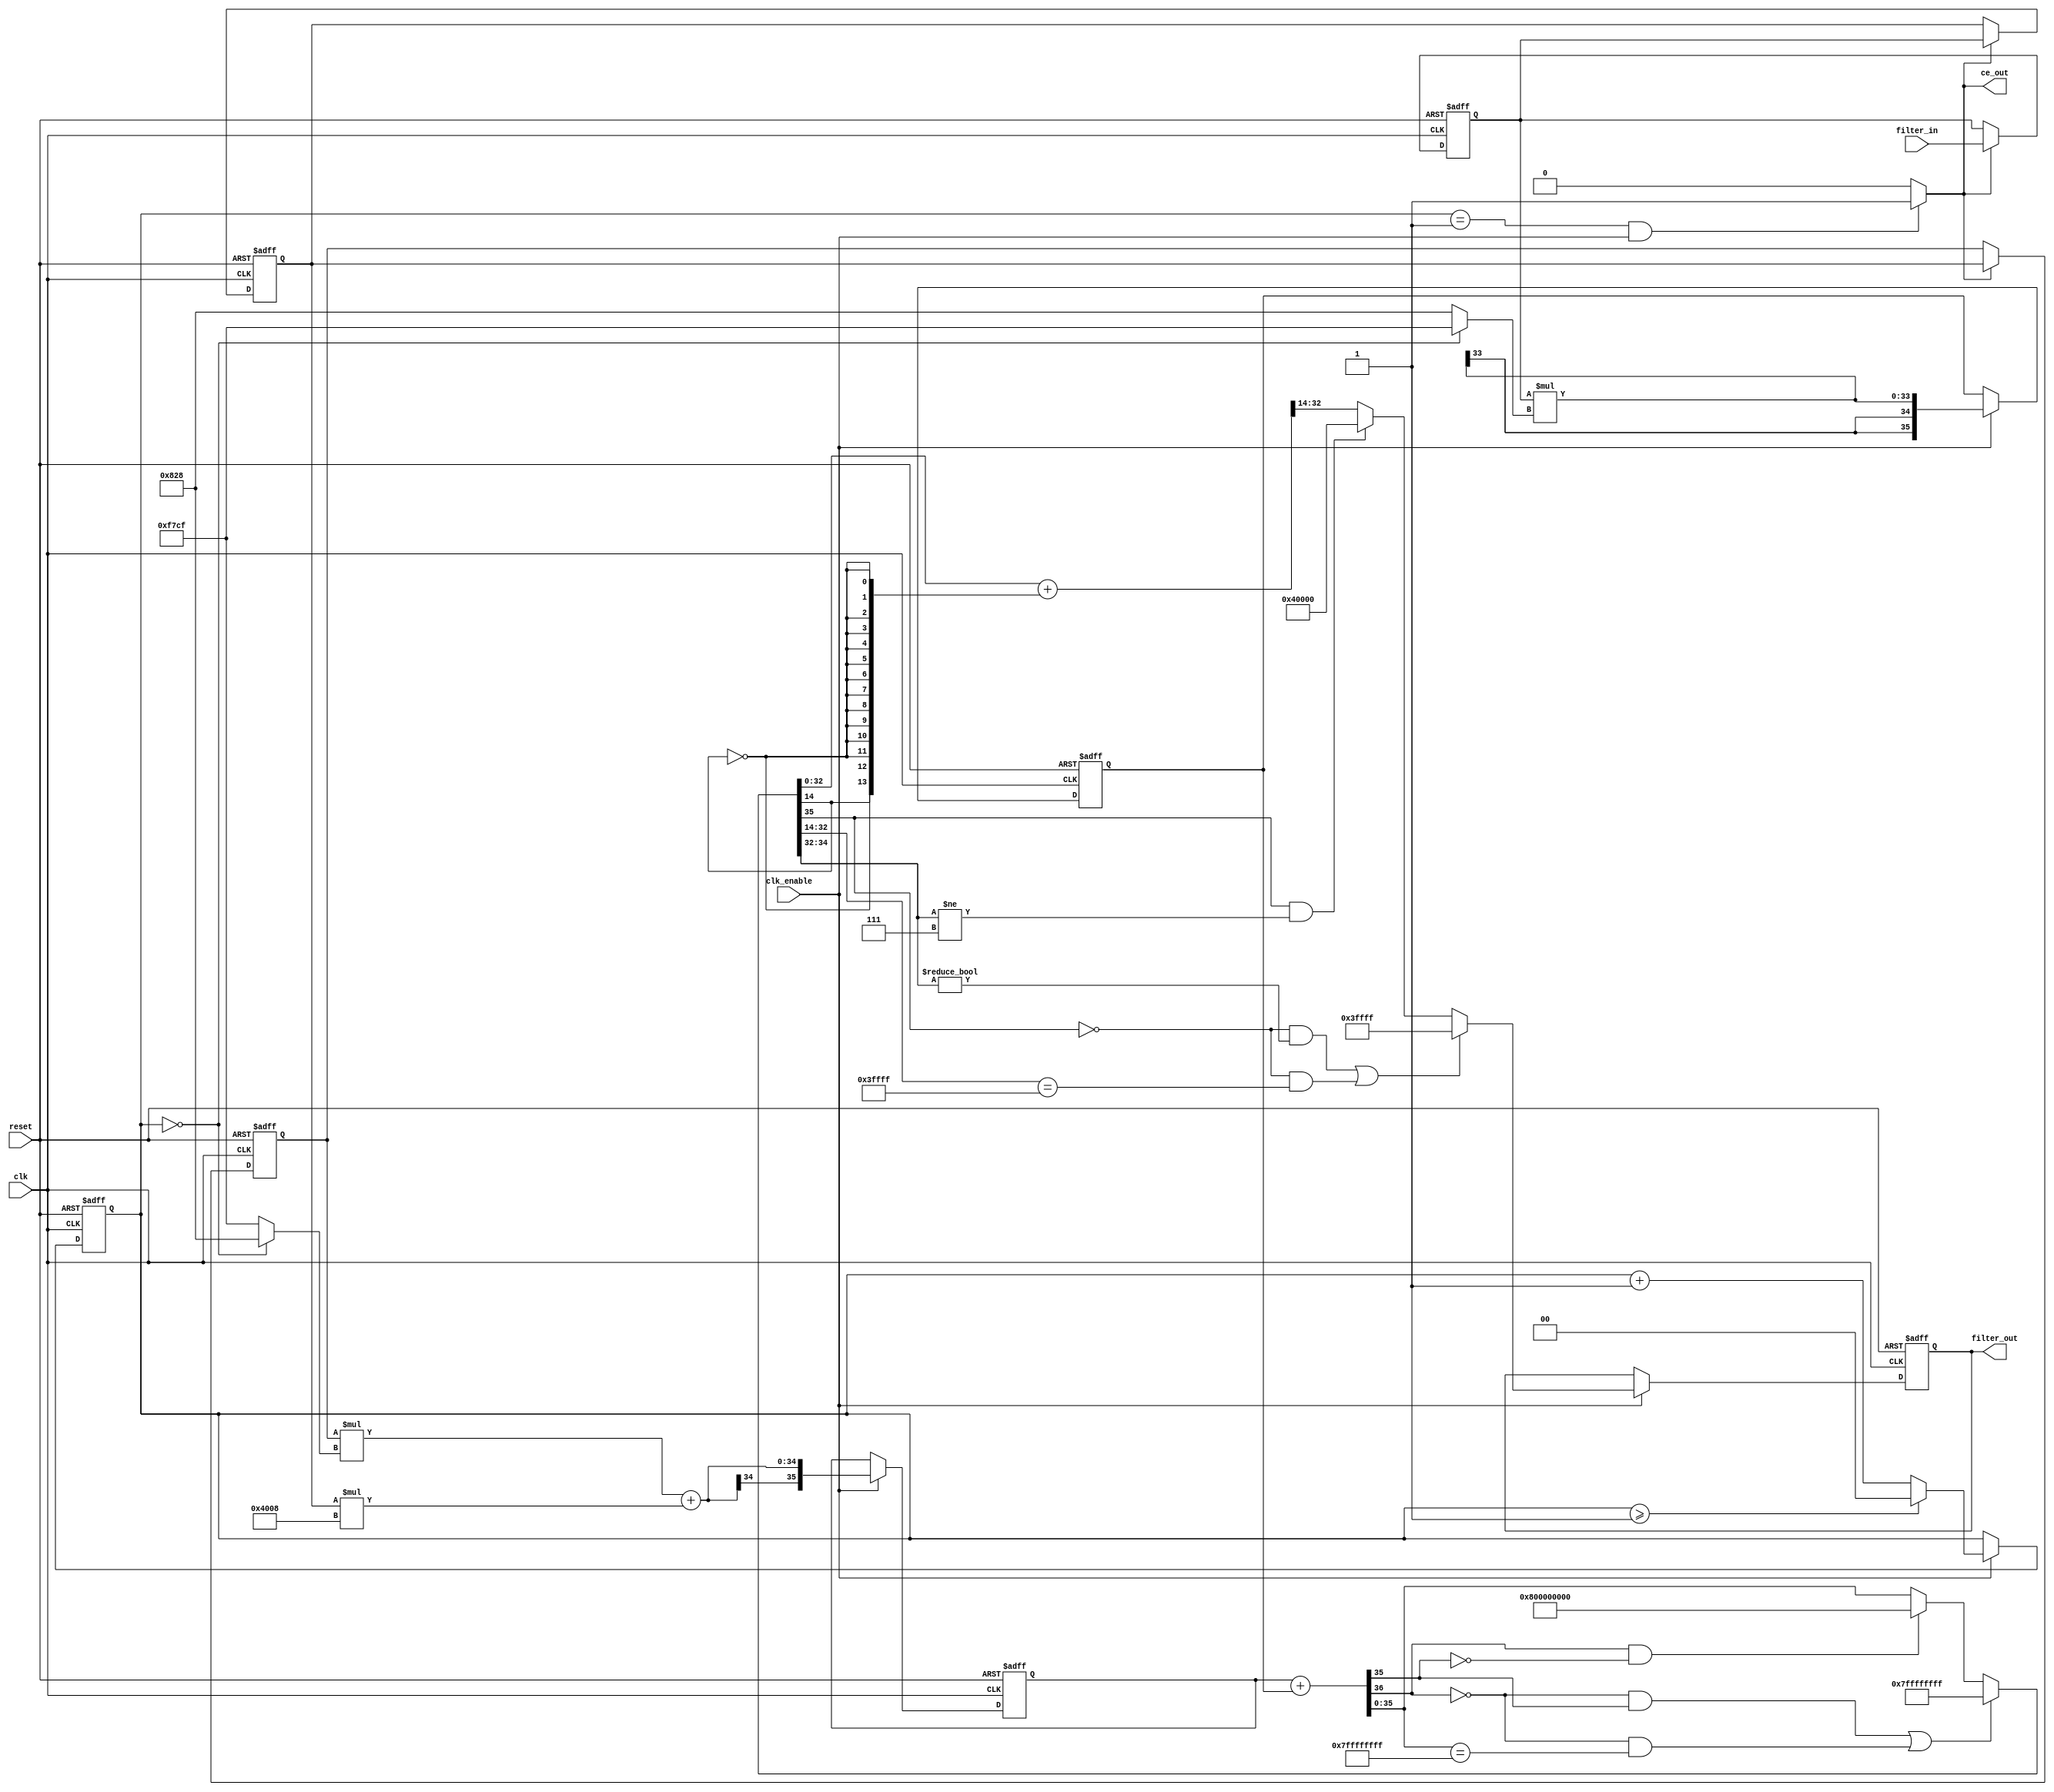
// -------------------------------------------------------------
//
// Module: cic1
// Generated by MATLAB(R) 23.2 and Filter Design HDL Coder 23.2.
// Generated on: 2024-05-02 15:25:22
// -------------------------------------------------------------

// -------------------------------------------------------------
// HDL Code Generation Options:
//
// FIRAdderStyle: tree
// OptimizeForHDL: on
// TargetDirectory: D:\fax\zavrsni\CIC1
// AddPipelineRegisters: on
// Name: cic1
// TargetLanguage: Verilog
// TestBenchName: cic1_tb
// TestBenchStimulus: step chirp 
// LoopUnrolling: on

// Filter Specifications:
//
// Sample Rate          : 705.6 kHz
// Response             : CIC Compensator
// Specification        : Fp,Fst,Ap,Ast
// Interpolation Factor : 2
// Multirate Type       : Interpolator
// Number of Sections   : 3
// Passband Edge        : 22.05 kHz
// Passband Ripple      : 0.001 dB
// Differential Delay   : 1
// Stopband Edge        : 330.8 kHz
// Stopband Atten.      : 60 dB
// -------------------------------------------------------------

// -------------------------------------------------------------
// HDL Implementation    : Fully parallel
// Folding Factor        : 1
// -------------------------------------------------------------
// Filter Settings:
//
// Discrete-Time FIR Multirate Filter (real)
// -----------------------------------------
// Filter Structure      : Direct-Form FIR Polyphase Interpolator
// Interpolation Factor  : 2
// Polyphase Length      : 3
// Filter Length         : 6
// Stable                : Yes
// Linear Phase          : Yes (Type 2)
//
// Arithmetic            : fixed
// Numerator             : s16,14 -> [-2 2)
// -------------------------------------------------------------




//`timescale 1 ns / 1 ns

module cic1
               (
                clk,
                clk_enable,
                reset,
                filter_in,
                filter_out,
                ce_out
                );

  input   clk; 
  input   clk_enable; 
  input   reset; 
  input   signed [17:0] filter_in; //sfix18_En15
  output  signed [18:0] filter_out; //sfix19_En15
  output  ce_out; 

////////////////////////////////////////////////////////////////
//Module Architecture: cic1
////////////////////////////////////////////////////////////////
  // Local Functions
  // Type Definitions
  // Constants
  parameter signed [15:0] coeffphase1_1 = 16'b1111011111001111; //sfix16_En14
  parameter signed [15:0] coeffphase1_2 = 16'b0100000000001000; //sfix16_En14
  parameter signed [15:0] coeffphase1_3 = 16'b0000100000101000; //sfix16_En14
  parameter signed [15:0] coeffphase2_1 = 16'b0000100000101000; //sfix16_En14
  parameter signed [15:0] coeffphase2_2 = 16'b0100000000001000; //sfix16_En14
  parameter signed [15:0] coeffphase2_3 = 16'b1111011111001111; //sfix16_En14

  // Signals
  reg  [1:0] cur_count; // ufix2
  wire phase_1; // boolean
  reg  signed [17:0] delay_pipeline [0:2] ; // sfix18_En15
  wire signed [33:0] product; // sfix34_En29
  wire signed [15:0] product_mux; // sfix16_En14
  wire signed [33:0] product_1; // sfix34_En29
  wire signed [15:0] product_mux_1; // sfix16_En14
  wire signed [33:0] product_2; // sfix34_En29
  wire signed [15:0] product_mux_2; // sfix16_En14
  wire signed [35:0] sumvector1 [0:1] ; // sfix36_En29
  wire signed [33:0] add_signext; // sfix34_En29
  wire signed [33:0] add_signext_1; // sfix34_En29
  wire signed [34:0] add_temp; // sfix35_En29
  reg  signed [35:0] sumdelay_pipeline1 [0:1] ; // sfix36_En29
  wire signed [35:0] sum2; // sfix36_En29
  wire signed [35:0] add_signext_2; // sfix36_En29
  wire signed [35:0] add_signext_3; // sfix36_En29
  wire signed [36:0] add_temp_1; // sfix37_En29
  wire signed [18:0] output_typeconvert; // sfix19_En15
  reg  signed [18:0] output_register; // sfix19_En15

  // Block Statements
  always @ (posedge clk or posedge reset)
    begin: ce_output
      if (reset == 1'b1) begin
        cur_count <= 2'b00;
      end
      else begin
        if (clk_enable == 1'b1) begin
          if (cur_count >= 2'b01) begin
            cur_count <= 2'b00;
          end
          else begin
            cur_count <= cur_count + 2'b01;
          end
        end
      end
    end // ce_output

  assign  phase_1 = (cur_count == 2'b01 && clk_enable == 1'b1) ? 1'b1 : 1'b0;

  //   ---------------- Delay Registers ----------------

  always @( posedge clk or posedge reset)
    begin: Delay_Pipeline_process
      if (reset == 1'b1) begin
        delay_pipeline[0] <= 0;
        delay_pipeline[1] <= 0;
        delay_pipeline[2] <= 0;
      end
      else begin
        if (phase_1 == 1'b1) begin
          delay_pipeline[0] <= filter_in;
          delay_pipeline[1] <= delay_pipeline[0];
          delay_pipeline[2] <= delay_pipeline[1];
        end
      end
    end // Delay_Pipeline_process


  assign product_mux = (cur_count == 2'b00) ? coeffphase1_3 :
                      coeffphase2_3;
  assign product = delay_pipeline[2] * product_mux;

  assign product_mux_1 = (cur_count == 2'b00) ? coeffphase1_2 :
                        coeffphase2_2;
  assign product_1 = delay_pipeline[1] * product_mux_1;

  assign product_mux_2 = (cur_count == 2'b00) ? coeffphase1_1 :
                        coeffphase2_1;
  assign product_2 = delay_pipeline[0] * product_mux_2;

  assign add_signext = product;
  assign add_signext_1 = product_1;
  assign add_temp = add_signext + add_signext_1;
  assign sumvector1[0] = $signed({{1{add_temp[34]}}, add_temp});

  assign sumvector1[1] = $signed({{2{product_2[33]}}, product_2});

  always @ (posedge clk or posedge reset)
    begin: sumdelay_pipeline_process1
      if (reset == 1'b1) begin
        sumdelay_pipeline1[0] <= 0;
        sumdelay_pipeline1[1] <= 0;
      end
      else begin
        if (clk_enable == 1'b1) begin
          sumdelay_pipeline1[0] <= sumvector1[0];
          sumdelay_pipeline1[1] <= sumvector1[1];
        end
      end
    end // sumdelay_pipeline_process1

  assign add_signext_2 = sumdelay_pipeline1[0];
  assign add_signext_3 = sumdelay_pipeline1[1];
  assign add_temp_1 = add_signext_2 + add_signext_3;
  assign sum2 = ((add_temp_1[36] == 1'b0 & add_temp_1[35] != 1'b0) || (add_temp_1[36] == 1'b0 && add_temp_1[35:0] == 36'b011111111111111111111111111111111111) // special case0
) ? 36'b011111111111111111111111111111111111 : 
      (add_temp_1[36] == 1'b1 && add_temp_1[35] != 1'b1) ? 36'b100000000000000000000000000000000000 : add_temp_1[35:0];

  assign output_typeconvert = ((sum2[35] == 1'b0 & sum2[34:32] != 3'b000) || (sum2[35] == 1'b0 && sum2[32:14] == 19'b0111111111111111111) // special case0
) ? 19'b0111111111111111111 : 
      (sum2[35] == 1'b1 && sum2[34:32] != 3'b111) ? 19'b1000000000000000000 : (sum2[32:0] + {sum2[14], {13{~sum2[14]}}})>>>14;

  always @ (posedge clk or posedge reset)
    begin: Output_Register_process
      if (reset == 1'b1) begin
        output_register <= 0;
      end
      else begin
        if (clk_enable == 1'b1) begin
          output_register <= output_typeconvert;
        end
      end
    end // Output_Register_process

  // Assignment Statements
  assign ce_out = phase_1;
  assign filter_out = output_register;
endmodule // cic1